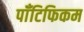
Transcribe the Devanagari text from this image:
पॉँटिफिकम